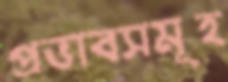
প্রভাবসমূহ